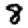
Digit: 8